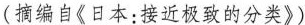
(摘编自《日本：接近极致的分类》)